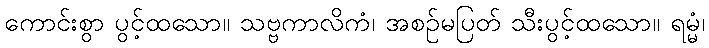
ကောင်းစွာ ပွင့်ထသော။ သဗ္ဗကာလိကံ၊ အစဉ်မပြတ် သီးပွင့်ထသော။ ရမ္မံ၊